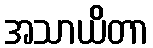
အသာယိတာ